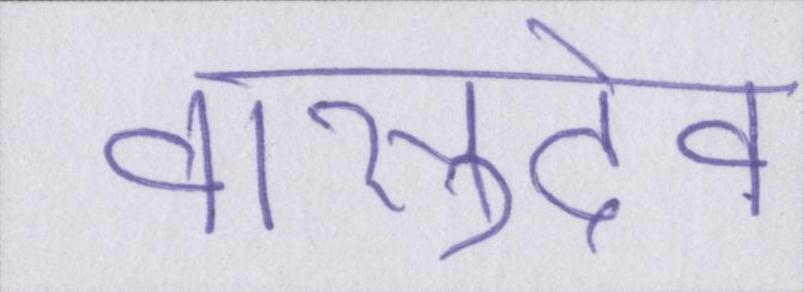
वासुदेव